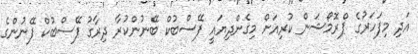
އަދި މިފަހަރުގެ ޕްރޮމޯޝަން ކުރިއަށް މިގެންދިޔައީ ފޭސްބުކް ބޭނުންކުރާ ދިރާގު ފޭސްބުކް ފޭނުންގެ